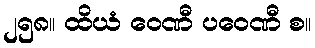
၂၅၈။ ထိယံ ဝေဏီ ပဝေဏီ စ။